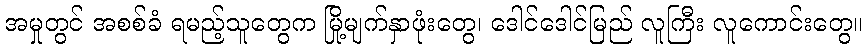
အမှုတွင် အစစ်ခံ ရမည့်သူတွေက မြို့မျက်နှာဖုံးတွေ၊ ဒေါင်ဒေါင်မြည် လူကြီး လူကောင်းတွေ။